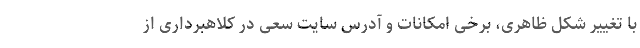
با تغییر شکل ظاهری، برخی امکانات و آدرس سایت سعی در کلاهبرداری از